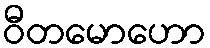
ဝီတမောဟော